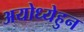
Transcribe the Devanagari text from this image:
अयोध्येहुन